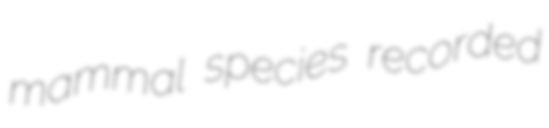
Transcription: mammal species recorded